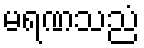
မရဏသညံ